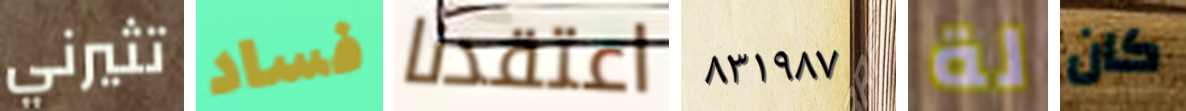
تثيرني فساد اعتقدنا ٨٣١٩٨٧ لة كان